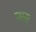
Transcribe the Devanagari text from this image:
पस्स्